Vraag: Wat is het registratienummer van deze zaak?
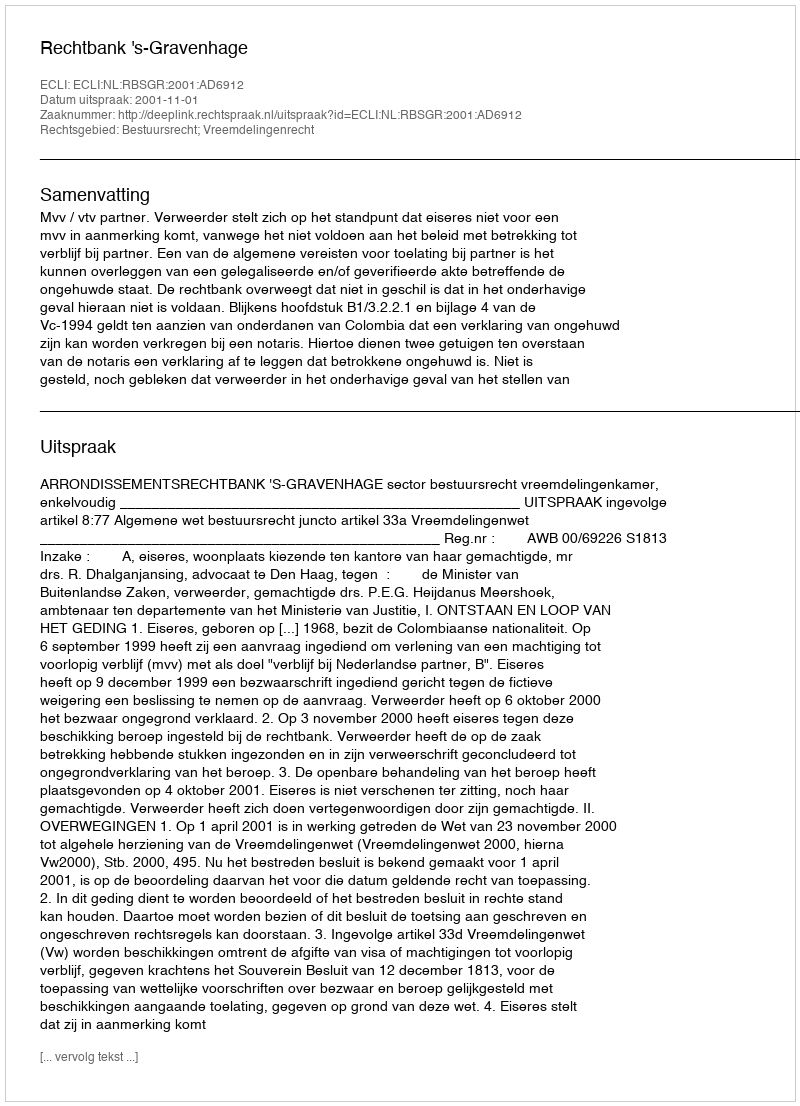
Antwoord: http://deeplink.rechtspraak.nl/uitspraak?id=ECLI:NL:RBSGR:2001:AD6912